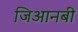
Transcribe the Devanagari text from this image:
जिआनबी